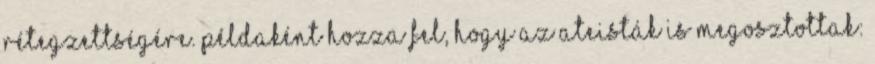
rétegzettségére. Példaként hozza fel, hogy az ateisták is megosztottak: